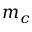
m _ { c }